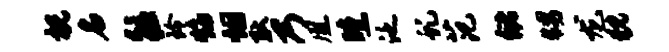
祝名往玲焰烟耿乃凰曛泛虬范储甥龙猊